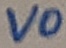
Text: VO